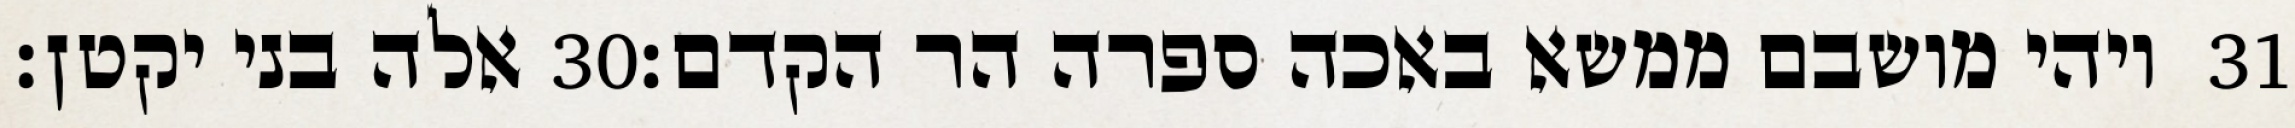
אלה בני יקטן׃ ‎30‏ ויהי מושבם ממשא באכה ספרה הר הקדם׃ ‎31‏